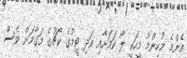
އެންމެ މުހިންމު މީހަކީ ލޯ ކަމަށާއި އަދި ޓީމުގެ ކޯޗުގެ މަގާމަށް ވެސް